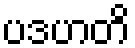
ပဒဟတိ